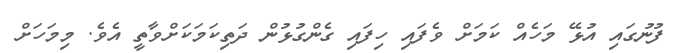
ފުނުގައި އުޅޭ މަހެއް ކަމަށް ވެފައި ހިފައި ގެންގުޅުން ދަތިކަމަކަށްވާތީ އެވެ. މިމަހަށް